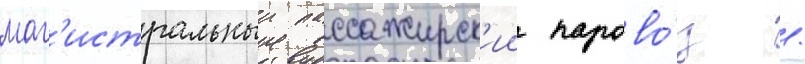
маг'истральныи пассажирск'ии парово́з /